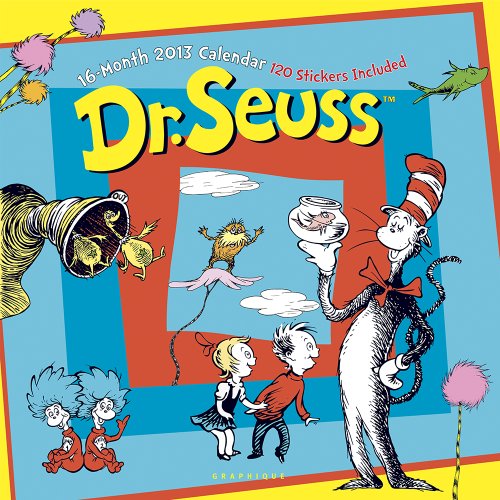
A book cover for Dr. Seuss Calendar (Multilingual Edition); Calendars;